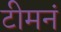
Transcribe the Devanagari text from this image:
टीमनं